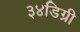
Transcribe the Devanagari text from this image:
३४डिग्री